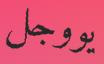
يووجل